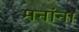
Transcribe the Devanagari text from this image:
मनांना